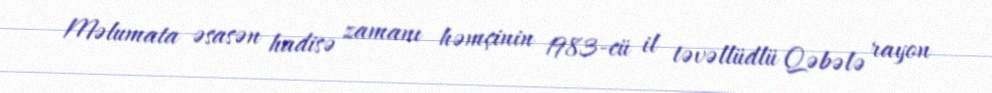
Məlumata əsasən hadisə zamanı həmçinin 1983-cü il təvəllüdlü Qəbələ rayon